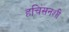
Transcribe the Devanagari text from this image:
हचिंसनशी